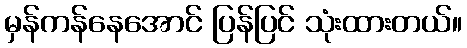
မှန်ကန်နေအောင် ပြန်ပြင် သုံးထားတယ်။